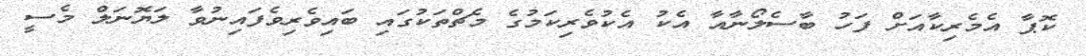
ކޮޕާ އެމެރިކާއަށް ފަހު ބާސެލޯނާއާ އެކު އެކުވެރިކަމުގެ މެޗްތަކުގައި ބައިވެރިވެފައިނުވާ ލަޔޮނަލް މެސީ